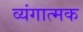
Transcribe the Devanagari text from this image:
व्‍यंगात्‍मक